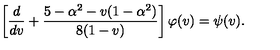
\left[ \frac { d } { d v } + \frac { 5 - \alpha ^ { 2 } - v ( 1 - \alpha ^ { 2 } ) } { 8 ( 1 - v ) } \right] \varphi ( v ) = \psi ( v ) .